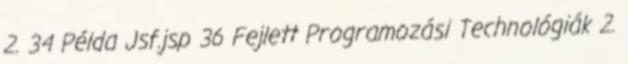
2. 34 Példa Jsf.jsp 36 Fejlett Programozási Technológiák 2.